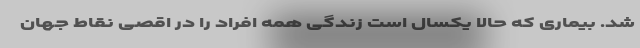
شد. بیماری که حالا یکسال است زندگی همه افراد را در اقصی نقاط جهان